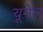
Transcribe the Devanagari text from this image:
यूमेल